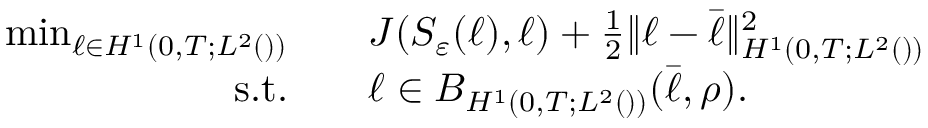
\begin{array} { r l } { \operatorname* { m i n } _ { \ell \in H ^ { 1 } ( 0 , T ; L ^ { 2 } ( \O ) ) } \quad } & { J ( S _ { \varepsilon } ( \ell ) , \ell ) + \frac { 1 } { 2 } \| \ell - \bar { \ell } \| _ { H ^ { 1 } ( 0 , T ; L ^ { 2 } ( \O ) ) } ^ { 2 } } \\ { \mathrm { s . t . } \quad } & { \ell \in B _ { H ^ { 1 } ( 0 , T ; L ^ { 2 } ( \O ) ) } ( \bar { \ell } , \rho ) . } \end{array}